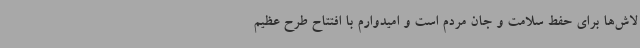
لاش‌ها برای حفط سلامت و جان مردم است و امیدوارم با افتتاح طرح عظیم